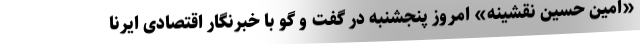
«امین حسین نقشینه» امروز پنجشنبه در گفت و گو با خبرنگار اقتصادی ایرنا